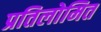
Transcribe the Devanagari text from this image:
प्रतिलोमित